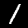
Digit: 1